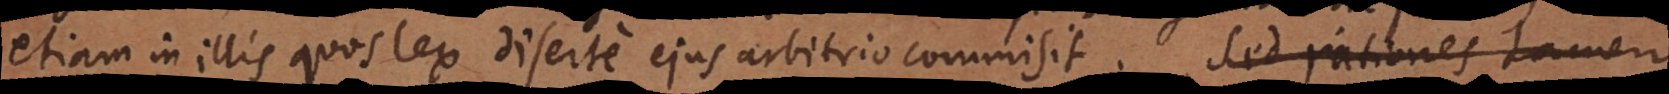
etiam in illis quos lex diserte ejus arbitrio commisit. Rationes ve